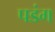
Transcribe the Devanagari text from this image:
पडंग